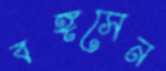
বঙ্গসেন